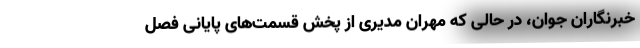
خبرنگاران جوان، در حالی که مهران مدیری از پخش قسمت‌های پایانی فصل